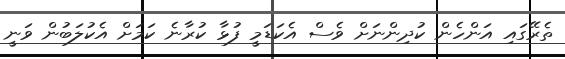
ތެރޭގައި އަންހެން ކުދިންނަށް ވެސް އެކަޑަމީ ފުޅާ ކުރާނެ ކަމަށް އެކުލަބުން ވަނީ